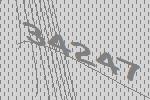
34247